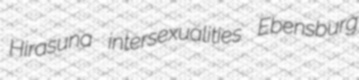
Hirasuna intersexualities Ebensburg